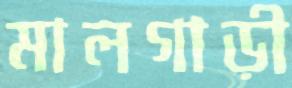
মালগাড়ী